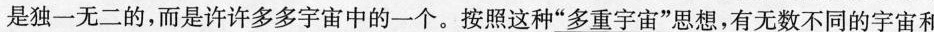
不是独一无二的，而是许许多多宇宙中的一个。按照这种\underline{”多重宇宙”}思想，有无数不同的宇宙和